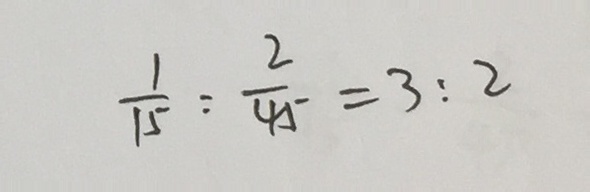
\frac { 1 } { 1 5 } : \frac { 2 } { 4 5 } = 3 : 2